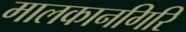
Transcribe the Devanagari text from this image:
मालकानगिरि